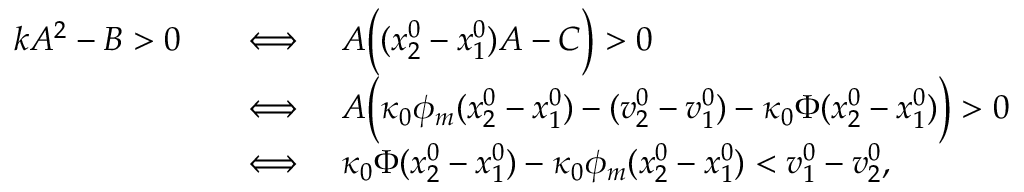
\begin{array} { r } { \begin{array} { r l } { k A ^ { 2 } - B > 0 \quad } & { \Longleftrightarrow \quad A \Big ( ( x _ { 2 } ^ { 0 } - x _ { 1 } ^ { 0 } ) A - C \Big ) > 0 } \\ & { \Longleftrightarrow \quad A \Big ( \kappa _ { 0 } \phi _ { m } ( x _ { 2 } ^ { 0 } - x _ { 1 } ^ { 0 } ) - ( v _ { 2 } ^ { 0 } - v _ { 1 } ^ { 0 } ) - \kappa _ { 0 } \Phi ( x _ { 2 } ^ { 0 } - x _ { 1 } ^ { 0 } ) \Big ) > 0 } \\ & { \Longleftrightarrow \quad \kappa _ { 0 } \Phi ( x _ { 2 } ^ { 0 } - x _ { 1 } ^ { 0 } ) - \kappa _ { 0 } \phi _ { m } ( x _ { 2 } ^ { 0 } - x _ { 1 } ^ { 0 } ) < v _ { 1 } ^ { 0 } - v _ { 2 } ^ { 0 } , } \end{array} } \end{array}